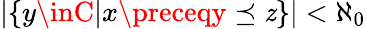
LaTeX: |\{ y\inC|x\preceqy\preceq\mathit{z}\} |<\aleph_{0}